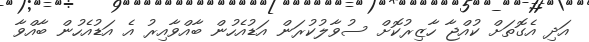
އަދި އެގޮތަށް ކުއްޖާ ހާޒިރުކޮށް ސުވާލުކުރަން އަޑުއެހުން ބާއްވާއިރު އެ އަޑުއެހުން ބާއްވާ